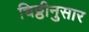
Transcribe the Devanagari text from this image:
चिठ्ठीनुसार